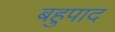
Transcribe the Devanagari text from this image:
बहुपाद